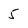
Character: 5